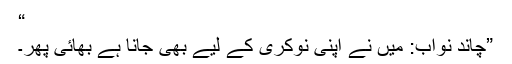
“
”چاند نواب: میں نے اپنی نوکری کے لیے بھی جانا ہے بھائی پھر۔